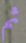
ثم